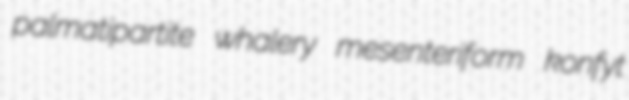
palmatipartite whalery mesenteriform konfyt